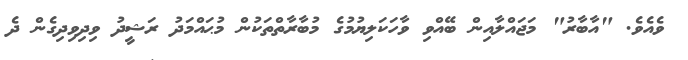
ވެއެވެ. "އާބާރު" މަޖައްލާއިން ބޭއްވި ވާހަކަލިޔުމުގެ މުބާރާތްތަކުން މުޙައްމަދު ރަޝީދު ވިދިވިދިގެން ދެ